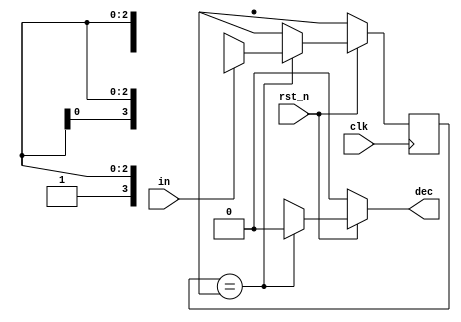
`timescale 1ns/1ps

module Mealy_Sequence_Detector (clk, rst_n, in, dec);
input clk, rst_n;
input in;
output dec;
reg[4-1:0] current_state;

//reg [4-1:0] current_state;
reg [4-1:0] next_state;
reg decout;
assign dec = decout;

parameter S0  = 4'bXXXX;
parameter SA1 = 4'b0XXX;
parameter SA2 = 4'b01XX;
parameter SA3 = 4'b011X;

parameter SBC1 = 4'b1XXX;
parameter SC2 = 4'b11XX;
parameter SC3 = 4'b110X;

parameter SB2 = 4'b10XX;
parameter SB3 = 4'b101X;

parameter SErr2 = 4'bXXX1;
parameter SErr3 = 4'bXX11;

always@(posedge clk) begin
    if(!rst_n) begin
        current_state <= S0;
    end else begin
        current_state <= next_state;
    end
    //stateout <= current_state;
end

always@(*)begin
    if(!rst_n) begin
        next_state = S0;
        decout = 1'b0;
    end else begin
    case(current_state)
        S0: begin
            if(in==1'b1) begin
                next_state = SBC1; //1
            end else begin
                next_state = SA1; //0
            end
            decout = 1'b0;
        end
        SA1: begin
            if(in==1'b1) begin
                next_state = SA2; //01
            end else begin
                next_state = SErr2;
            end
            decout = 1'b0;
        end
        SA2: begin
            if(in==1'b1) begin
                next_state = SA3; //011
            end else begin
                next_state = SErr3;
            end
            decout = 1'b0;
        end
        SA3: begin
            if(in==1'b1) begin
                decout = 1'b1; //FOUND 0111
            end else begin
                decout = 1'b0;
            end
            next_state = S0;
        end
        SBC1: begin
            if(in==1'b1) begin
                next_state = SC2; //11
            end else begin
                next_state = SB2; //10
            end
            decout = 1'b0;
        end
        SC2: begin
            if(in==1'b1) begin
                next_state = SErr3;
            end else begin
                next_state = SC3; //110
            end
            decout = 1'b0;
        end
        SC3: begin
            if(in==1'b1) begin
                decout = 1'b0;
            end else begin
                decout = 1'b1; //FOUND 1100
            end
            next_state = S0;
        end
        SB2: begin
            if(in==1'b1) begin
                next_state = SB3; //101
            end else begin
                next_state = SErr3; 
            end
            decout = 1'b0;
        end
        SB3: begin
            if(in==1'b1) begin
                decout = 1'b1; //FOUND 1011
            end else begin
                decout = 1'b0;
            end
            next_state = S0;
        end
        SErr2: begin
            next_state = SErr3;
            decout = 1'b0;
        end
        SErr3: begin
            next_state = S0;
            decout = 1'b0;
        end
    endcase
    end
end


endmodule